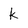
Character: k